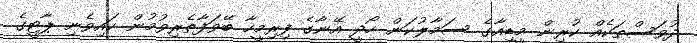
ދުވަސްތަކެއް ކުރިން މީޑިއާގެ ސަމާލުކަން ހޯދީ އޭނާގެ ފިރިމީހާ ބޭވަފާތެރިވުމުން ކައިވެނި ޕާޓީގެ